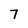
Character: 7